Medical and sanitary report of the native army of Bengal for the year
Year: 1875
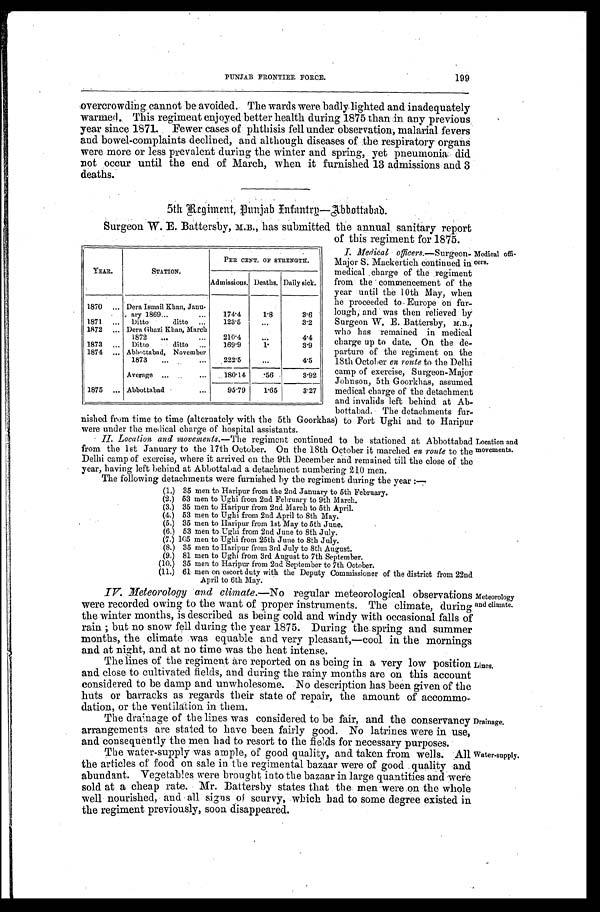
PUNJAB FRONTIER FORCE.
199
overcrowding cannot be avoided. The wards were badly lighted and inadequately
warmed. This regiment enjoyed better health during 1875 than in any previous
year since 1871. Fewer cases of phthisis fell under observation, malarial fevers
and bowel-complaints declined, and although diseases of the respiratory organs
were more or less prevalent during the winter and spring, yet pneumonia did
not occur until the end of March, when it furnished 13 admissions and 3
deaths.
5th Regiment, Punjab I nfantry—Abbottabad.
Surgeon W. E. Battersby, M.B., has submitted the annual, sanitary report
of this regiment for 1875.
I. Medical officers.— S u r g e o n -
Major S. Mackertich continued in
medical charge of the regiment
from the commencement of the
year until the 10th May, when
he proceeded to Europe on fur-
lough, and was then relieved by
Surgeon W. E. Battersby, M.B.,
who has remained in medical
charge up to date. On the de-
parture of the regiment on the
18th October en ronte to the Delhi
camp of exercise, Surgeon-Major
Johnson, 5th Goorkhas, assumed
medical charge of the detachment
and invalids left behind at Ab-
bottabad. The detachments fur-
nished from time to time (alternately with the 5th Goorkhas) to Fort Ughi and to Haripur
were under the medical charge of hospital assistants.
YEAR.
STATION.
PER CENT. OF STRENGTH.
Admissions. Deaths. Daily sick.
1870
Dera Ismail Khan, Janu-
ary 1869
174.4
1 . 8
3.6
1871
Ditto ditto
123.5
...
3.2
1872
Dera Ghazi Khan, March
1872
210.4
. . .
4.4
1873
Ditto
ditto
169.9
1.
3.9
1874
Abbottabad, November
1873
222.5
...
4.5
Average
180.14
. 5 6
3.92
1875
Abbottabad
95.79
1.65
3.27
Medical offi-
cers.
II.
Location and movements. —The regiment continued to be stationed at Abbottabad
from the 1st January to the 17th October. On the 18th October it marched en route to the
Delhi camp of exercise, where it arrived on the 9th December and remained till the close of the
year, having left behind at Abbottabad a detachment numbering 210 men.
The following detachments were furnished by the regiment during the year:—
(1.)
3 5 m e n t o H a r i p u r f r o m t h e 2 n d J a n u a r y t o 5 t h F e b r u a r y .
(2.) 53 men to Ughi from 2nd February to 9th March.
(3.) 35 men to Haripur from 2nd March to 5th April.
(4.) 53 men to Ughi from 2nd April to 8th May.
(5.) 35 men to Haripur from 1st May to 5th June.
(6.) 53 men to Ughi from 2nd June to 8th July.
(7.) 105 men to Ughi from 25th June to 8th July.
(8.) 35 men to Haripur from 3rd July to 8th August.
(9.) 81 men to Ughi from 3rd August to 7th September.
(10.) 35 men to Haripur from 2nd September to 7th October.
(11.) 61 men on escort duty with the Deputy Commissioner of the district from 22nd
April to 6th May.
IV. Meteorology and climate. —No regular meteorological observations
were recorded owing to the want of proper instruments. The climate, during
the winter months, is described as being cold and windy with occasional falls of
rain; but no snow fell during the year 1875. During the spring and summer
months, the climate was equable and very pleasant,—cool in the mornings
and at night, and at no time was the heat intense.
Location and
movements.
Meteorology
and climate.
The lines of the regiment are reported on as being in a very low position
and close to cultivated fields, and during the rainy months are on this account
considered to be damp and unwholesome. No description has been given of the
huts or barracks as regards their state of repair, the amount of accommo-
dation, or the ventilation in them.
The drainage of the lines was considered to be fair, and the conservancy
arrangements are stated to have been fairly good. No latrines were in use,
and consequently the men had to resort to the fields for necessary purposes.
The water - supply was ample, of good quality, and taken from wells. All
the articles of food on sale in the regimental bazaar were of good quality and
abundant. Vegetables were brought into the bazaar in large quantities and were
sold at a cheap rate. Mr. Battersby states that the men were on the whole
well nourished, and all signs of scurvy, which had to some degree existed in
the regiment previously, soon disappeared.
Water-supply.
Lines.
Drainage.